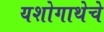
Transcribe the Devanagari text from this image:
यशोगाथेचे